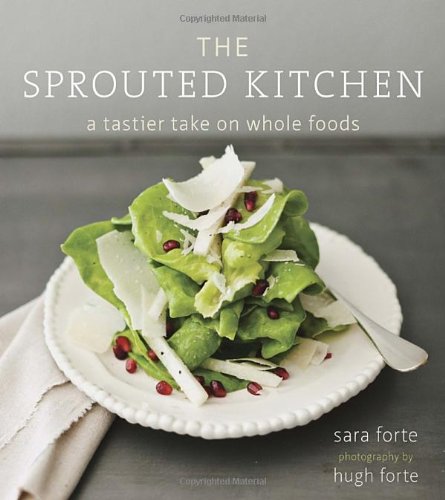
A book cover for The Sprouted Kitchen: A Tastier Take on Whole Foods; Sara Forte; Cookbooks, Food & Wine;